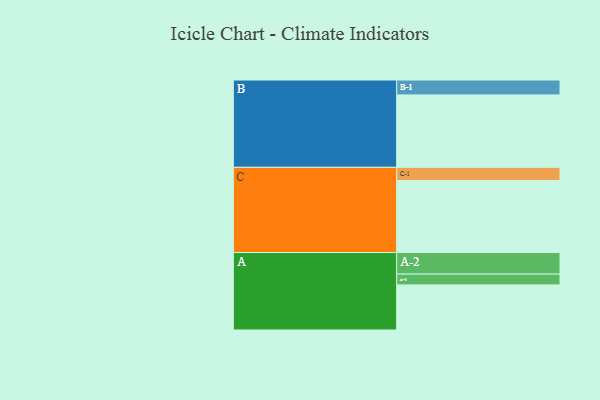
{"axis": {"x": "Segment", "y": "Value"}, "legend": ["", "A", "B", "C"], "data": [{"x": "A", "y": 360, "type": ""}, {"x": "B", "y": 578, "type": ""}, {"x": "C", "y": 575, "type": ""}, {"x": "A-1", "y": 86, "type": "A"}, {"x": "A-2", "y": 172, "type": "A"}, {"x": "B-1", "y": 119, "type": "B"}, {"x": "C-1", "y": 105, "type": "C"}]}